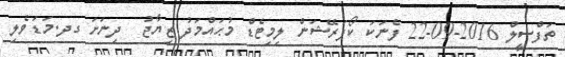
ތަފްސީލް 2016-09-22 ފެނަކަ ކޯޕަރޭޝަން ލިމިޓެޑް މުޙައްމަދު ޒިޔާޖު  ދިނަށަ ގދ.މަޑަވެލި